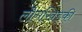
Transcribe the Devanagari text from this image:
लोगखिड़की